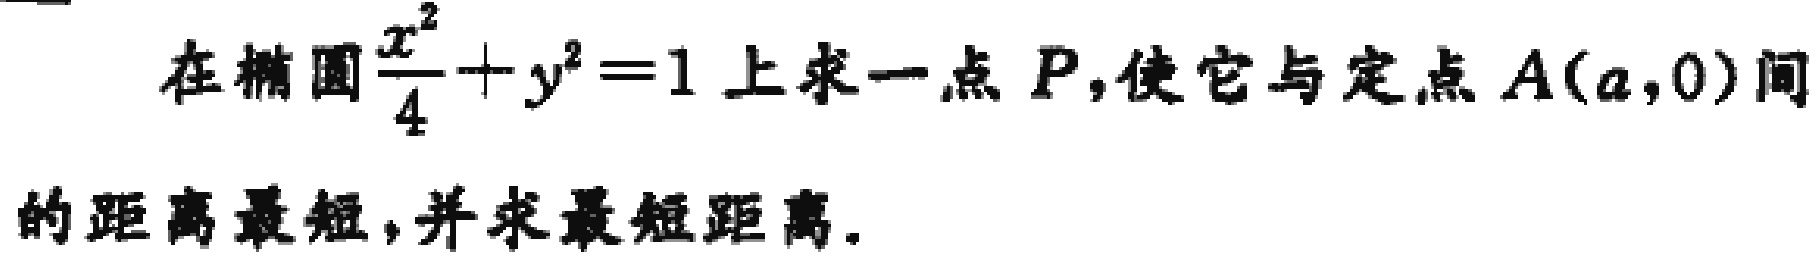
在椭圆$\frac{x^{2}}{4}+y^{2}=1$上求一点$P$，使它与定点$A(a,0)$间的距离最短，并求最短距离。